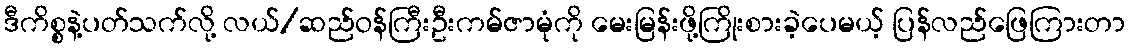
ဒီကိစ္စနဲ့ပတ်သက်လို့ လယ်/ဆည်ဝန်ကြီးဦးကမ်ဇာမုံကို မေးမြန်းဖို့ကြိုးစားခဲ့ပေမယ့် ပြန်လည်ဖြေကြားတာ